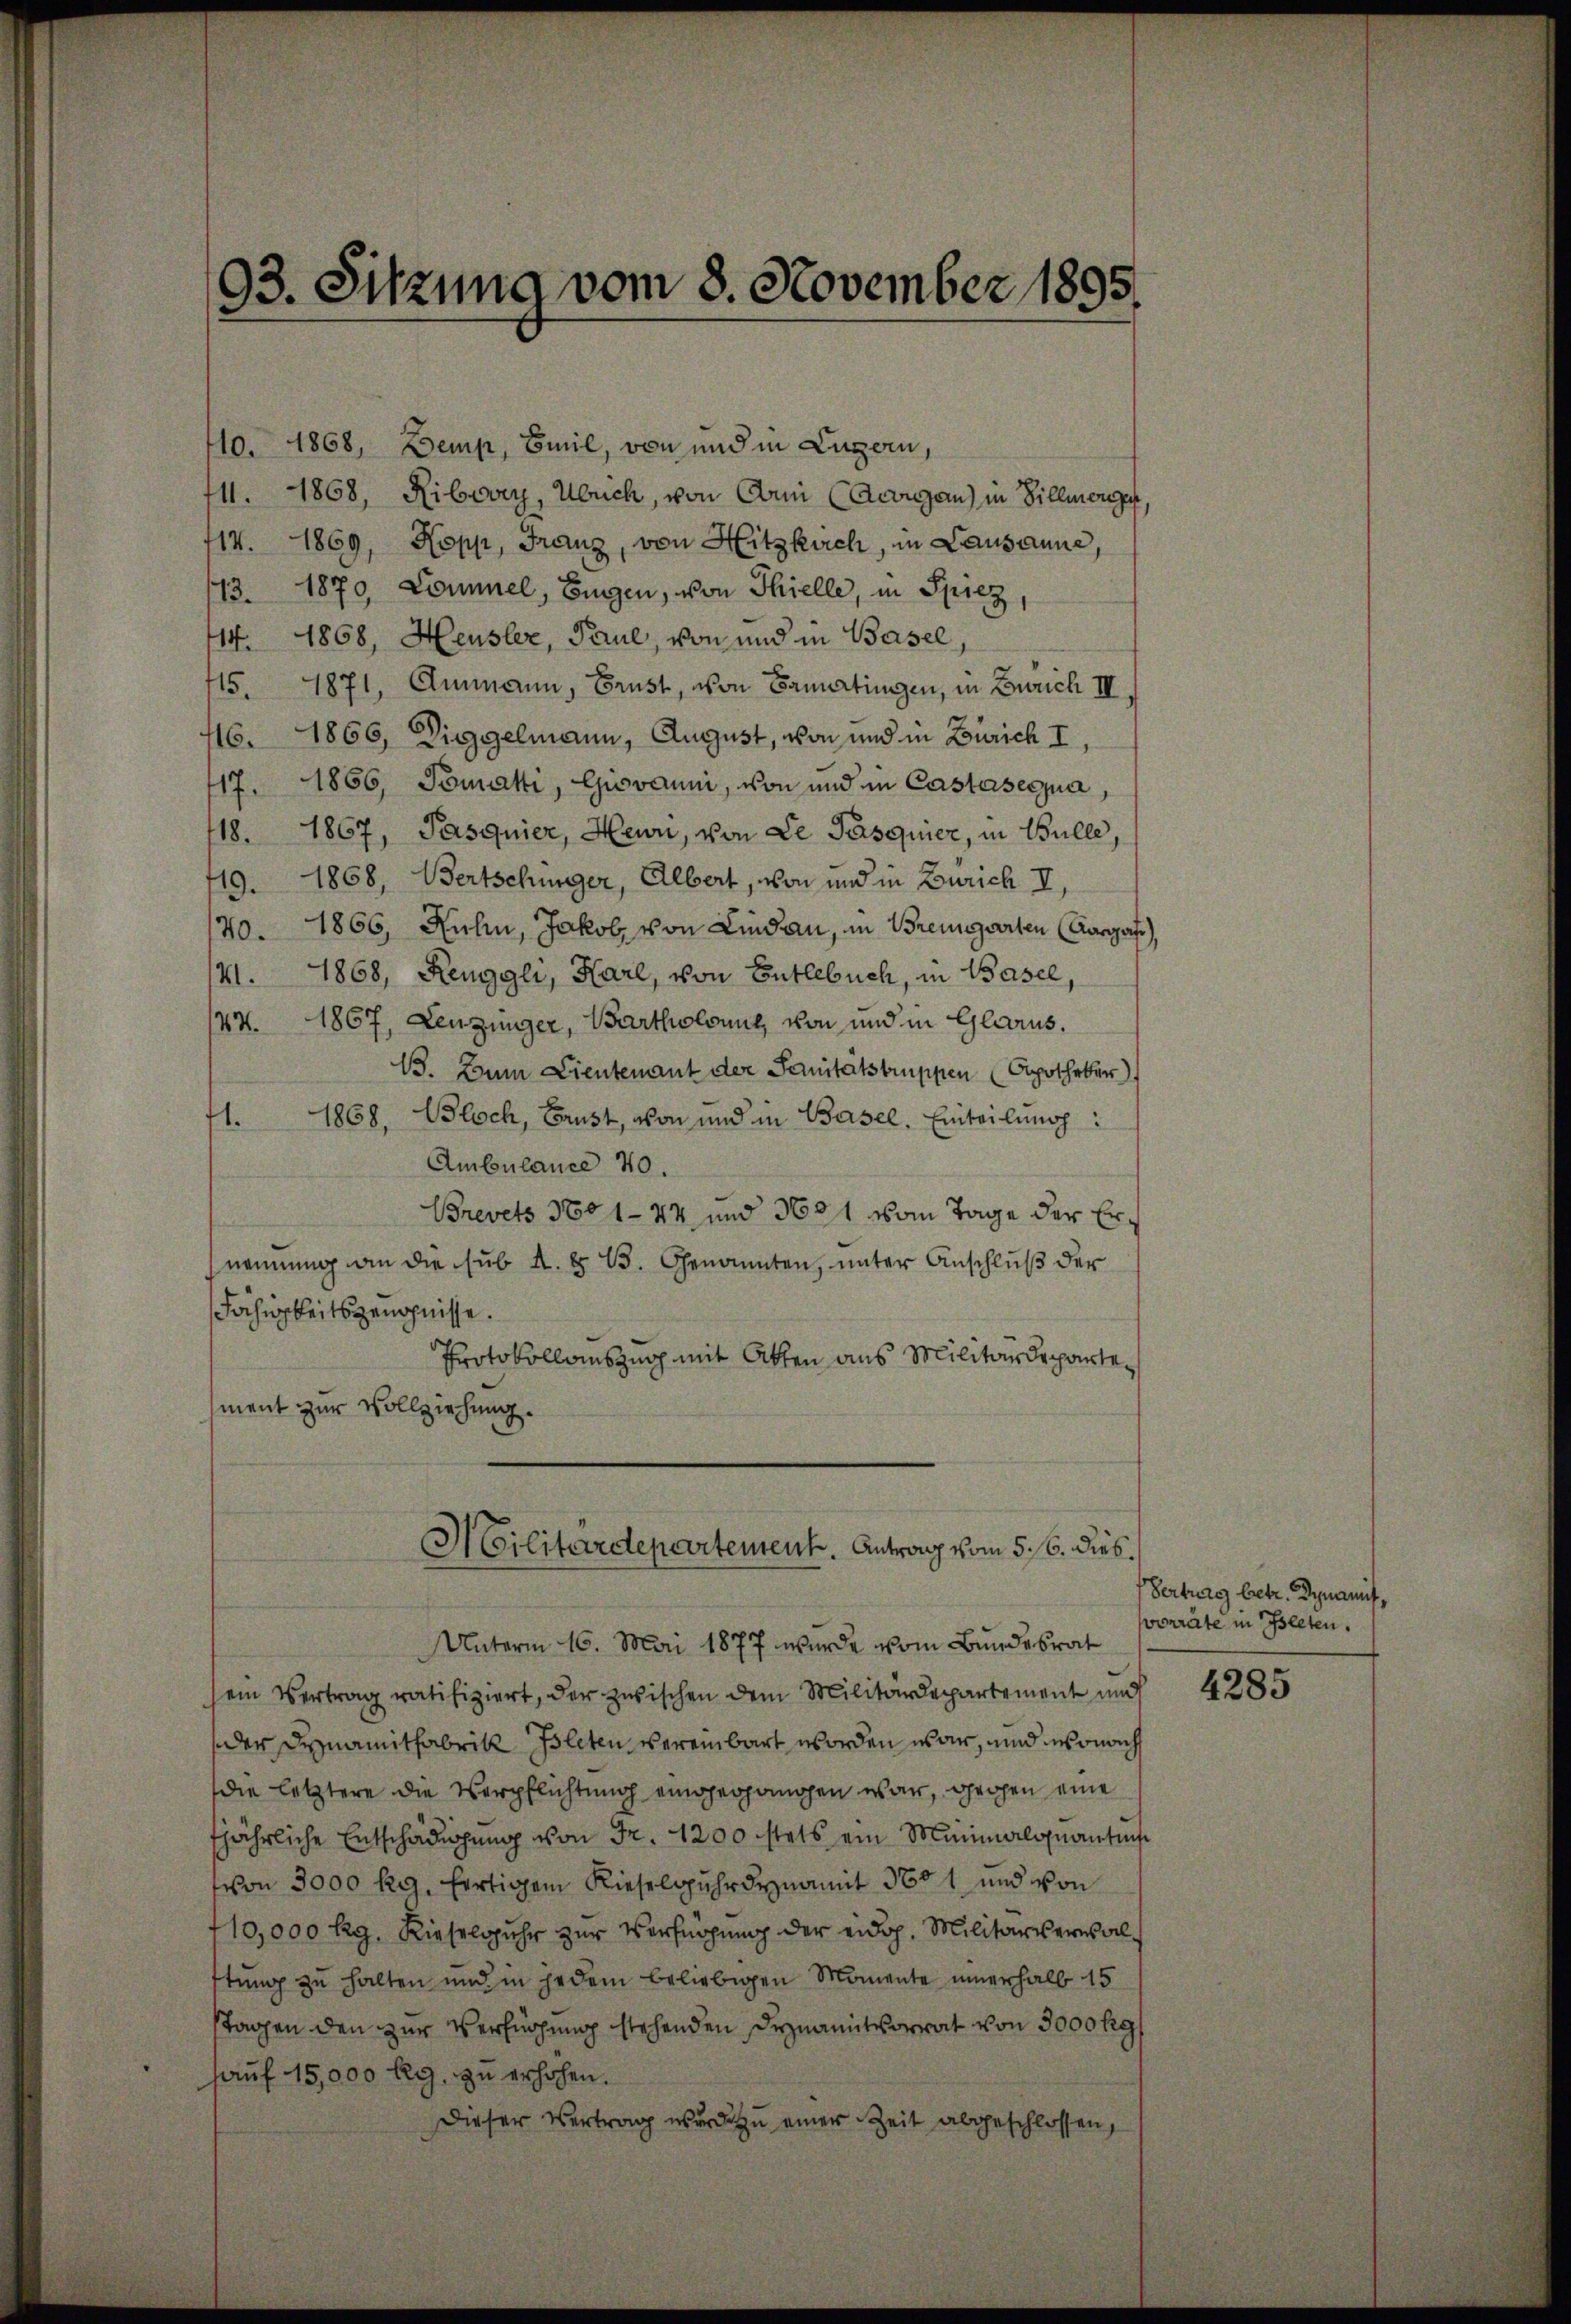
93. Sitzung vom 8. November 1895

10. 1868, Demp, Emil, von und in Luzern,
14. 1868, Ribovry, Ulrich, von Ami (Acougau) in Villmerge
714. 1869, Kopp, Franz, von Hitzkach, in Lausanne,
13. 1870, Commel, Eigen, von Thielle, in Spiez
14. 1868, Heusler, Paul, von und in Basel,
1871, Ammann, Brust, von Bamatingen, in Zürich III,
415.
16. 1866, Diggelmann, August, von und in Zürich I
1866, Tomati, Giovanni, von und in Castaseczua,
17.
18. 1867, Pasquier, Heur, von Le Pasquier, in Bulle,
719. 1868, Bertschürgger, Albert, von und in Zürich I,
70. 1866, Kuhn, Jakob, von Lindau, in Bremgarten (Aarga
41. 1868, Renggli, Karl, von Entlebuch, in Basel,
1867, Leuzinger, Bartholomit, von und in Glarus.
44.
B. Zum Lieutenant der Sanitatstruppen (Apotheker
71. 1868, Bloch, Brust, von und in Basel. Einteilung:
Ambulance 40.
Brevets 360 1-44 und 3681 vom Tage der Ernennung an die sub A. § 13. Genannten, unter Anschluß der
Fähigkeitszeugnisse.
Protokollauszug mit Atten aus Militärdepartement zur Vollziehung.

Militärdepartement. Antrag vom 5. 16. dies

sauf 15,000 llg. zu erhöhen.

Unterm 16. Mai 1877 wurde vom Bundesrat
sein Vertrag ratifiziert, der zwischen dem Militärdepartement und
der Dynamitfabrik Bleten vereinbart worden war, und sonach
die letztere die Verpflichtung eingegangen war, gegen eine
fjährliche Entschädigung von Fr. 1200 stets ein Minimalquantinge
(von 3000 kg, fertigem Rieselspuhr dynamit 3601 und von
710,000 Rg. Rieselspuhr zur Verfügung der eidg. Militärversal
stung zu halten und in jedem beliebigen Momente innerhalb 15
stagen den zur Verfügung stehenden Synamit vorrat von 3000 kg
Dieser Vertrag wurde zu einer Zeit abgeschlossen,

¬

Vertrag betr. Dynamit,
vorräte in Pleten.

4285